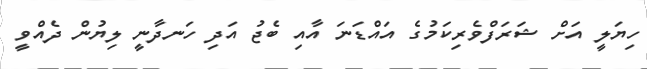
ހިޔަލީ އަށް ޝަރަފްވެރިކަމުގެ އައްޑަނަ އާއި ބެޖު އަދި ހަނދާނީ ލިޔުން ދެއްވީ